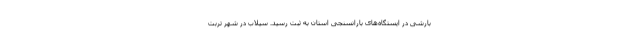
بارشی در ایستگاه‌های بارانسنجی استان به ثبت رسید. سیلاب در شهر تربت